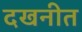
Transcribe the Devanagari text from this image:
दखनीत